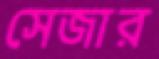
সেজার